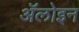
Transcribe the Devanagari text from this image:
ॲलोइन